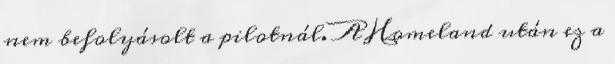
nem befolyásolt a pilotnál. A Homeland után ez a